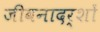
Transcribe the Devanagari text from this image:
जीवनादर्शों